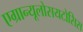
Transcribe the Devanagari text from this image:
एग्रान्यूलोसयटोसिस